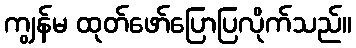
ကျွန်မ ထုတ်ဖော်ပြောပြလိုက်သည်။